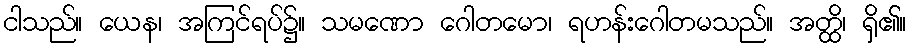
ငါသည်။ ယေန၊ အကြင်ရပ်၌။ သမဏော ဂေါတမော၊ ရဟန်းဂေါတမသည်။ အတ္ထိ၊ ရှိ၏။